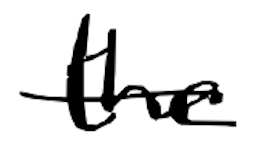
Text: the
Cross-out: mix
Writing tool: digital_black